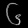
Digit: ၆